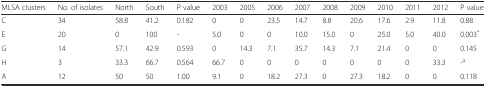
<table><thead><tr><td><b>MLSA clusters</b></td><td><b>No. of isolates</b></td><td><b>North</b></td><td><b>South</b></td><td><b>P value</b></td><td><b>2003</b></td><td><b>2005</b></td><td><b>2006</b></td><td><b>2007</b></td><td><b>2008</b></td><td><b>2009</b></td><td><b>2010</b></td><td><b>2011</b></td><td><b>2012</b></td><td><b>P value</b></td></tr></thead><tbody><tr><td>C</td><td>34</td><td>58.8</td><td>41.2</td><td>0.182</td><td>0</td><td>0</td><td>23.5</td><td>14.7</td><td>8.8</td><td>20.6</td><td>17.6</td><td>2.9</td><td>11.8</td><td>0.88</td></tr><tr><td>E</td><td>20</td><td>0</td><td>100</td><td>-</td><td>5.0</td><td>0</td><td>0</td><td>10.0</td><td>15.0</td><td>0</td><td>25.0</td><td>5.0</td><td>40.0</td><td>0.003<sup>*</sup></td></tr><tr><td>G</td><td>14</td><td>57.1</td><td>42.9</td><td>0.593</td><td>0</td><td>14.3</td><td>7.1</td><td>35.7</td><td>14.3</td><td>7.1</td><td>21.4</td><td>0</td><td>0</td><td>0.145</td></tr><tr><td>H</td><td>3</td><td>33.3</td><td>66.7</td><td>0.564</td><td>66.7</td><td>0</td><td>0</td><td>0</td><td>0</td><td>0</td><td>0</td><td>0</td><td>33.3</td><td>-<sup>a</sup></td></tr><tr><td>A</td><td>12</td><td>50</td><td>50</td><td>1.00</td><td>9.1</td><td>0</td><td>18.2</td><td>27.3</td><td>0</td><td>27.3</td><td>18.2</td><td>0</td><td>0</td><td>0.118</td></tr></tbody></table>